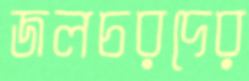
জলচরদের